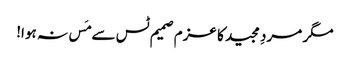
مگر مردِ مجید کا عزم صمیم ٹس سے مَس نہ ہوا!